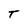
Character: T